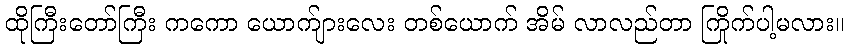
ထိုကြီးတော်ကြီး ကကော ယောက်ျားလေး တစ်ယောက် အိမ် လာလည်တာ ကြိုက်ပါ့မလား။